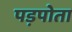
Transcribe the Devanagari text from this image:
पड़पोता